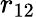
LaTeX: r_{12}